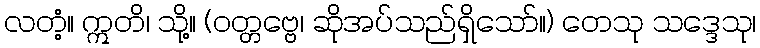
လတံ့။ ဣတိ၊ သို့။ (ဝတ္တဗ္ဗေ၊ ဆိုအပ်သည်ရှိသော်။) တေသု သဒ္ဒေသု၊